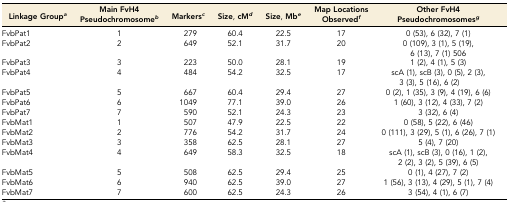
| Linkage Groupa | Main FvH4 Pseudochromosomeb | Markersc | Size, cMd | Size, Mbe | Map Locations Observedf | Other FvH4 Pseudochromosomesg |
 | --- | --- | --- | --- | --- | --- | --- |
 | FvbPat1 | 1 | 279 | 60.4 | 22.5 | 17 | 0 (53), 6 (32), 7 (1) |
 | FvbPat2 | 2 | 649 | 52.1 | 31.7 | 20 | 0 (109), 3 (1), 5 (19), 6 (13), 7 (1) 506 |
 | FvbPat3 | 3 | 223 | 50.0 | 28.1 | 19 | 1 (2), 4 (1), 5 (3) |
 | FvbPat4 | 4 | 484 | 54.2 | 32.5 | 17 | scA (1), scB (3), 0 (5), 2 (3), 3 (3), 5 (16), 6 (2) |
 | FvbPat5 | 5 | 667 | 60.4 | 29.4 | 27 | 0 (2), 1 (35), 3 (9), 4 (19), 6 (6) |
 | FvbPat6 | 6 | 1049 | 77.1 | 39.0 | 26 | 1 (60), 3 (12), 4 (33), 7 (2) |
 | FvbPat7 | 7 | 590 | 52.1 | 24.3 | 23 | 3 (32), 6 (4) |
 | FvbMat1 | 1 | 507 | 47.9 | 22.5 | 22 | 0 (58), 5 (22), 6 (46) |
 | FvbMat2 | 2 | 776 | 54.2 | 31.7 | 24 | 0 (111), 3 (29), 5 (1), 6 (26), 7 (1) |
 | FvbMat3 | 3 | 358 | 62.5 | 28.1 | 27 | 5 (4), 7 (20) |
 | FvbMat4 | 4 | 649 | 58.3 | 32.5 | 18 | scA (1), scB (3), 0 (16), 1 (2), 2 (2), 3 (2), 5 (39), 6 (5) |
 | FvbMat5 | 5 | 508 | 62.5 | 29.4 | 25 | 0 (1), 4 (27), 7 (2) |
 | FvbMat6 | 6 | 940 | 62.5 | 39.0 | 27 | 1 (56), 3 (13), 4 (29), 5 (1), 7 (4) |
 | FvbMat7 | 7 | 600 | 62.5 | 24.3 | 26 | 3 (54), 4 (1), 6 (7) |